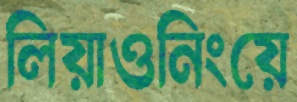
লিয়াওনিংয়ে